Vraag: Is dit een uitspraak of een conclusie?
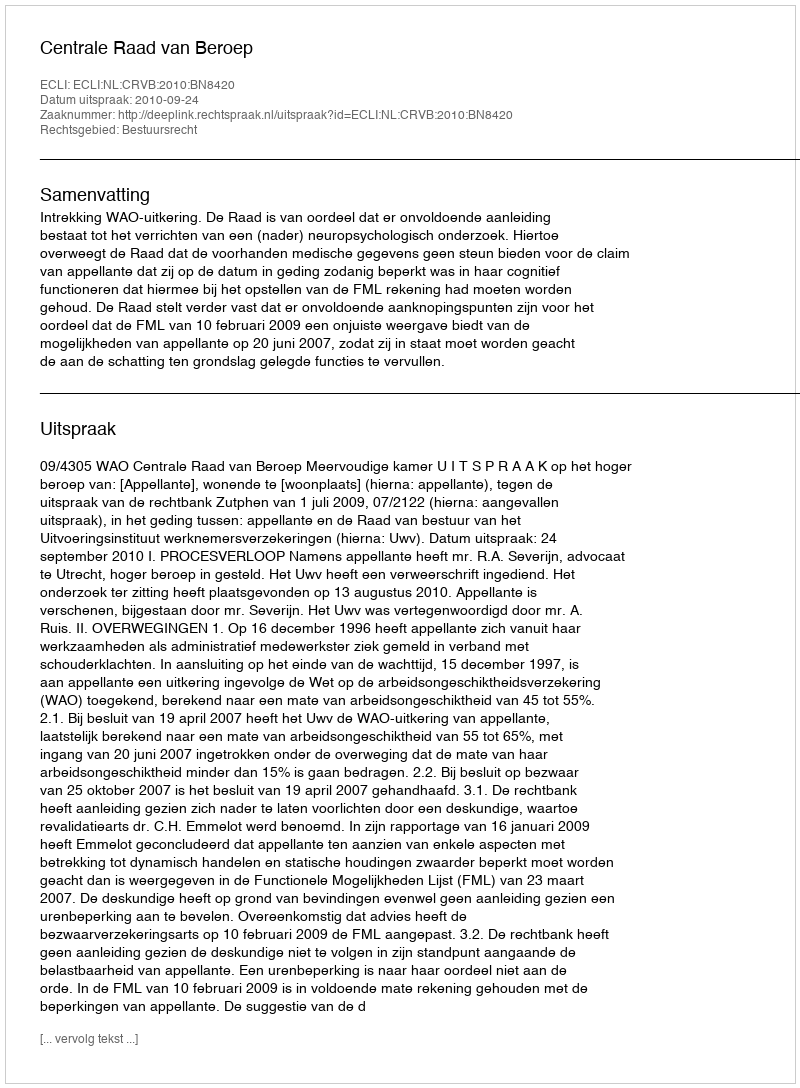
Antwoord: Uitspraak